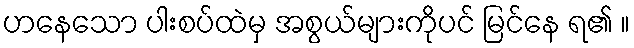
ဟနေသော ပါးစပ်ထဲမှ အစွယ်များကိုပင် မြင်နေ ရ၏ ။